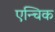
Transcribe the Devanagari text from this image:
एन्चिक